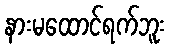
နားမထောင်ရက်ဘူး